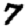
Digit: 7